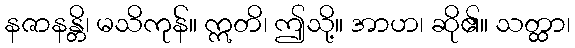
နဇာနန္တိ၊ မသိကုန်။ ဣတိ၊ ဤသို့။ အာဟ၊ ဆို၏။ သတ္ထာ၊